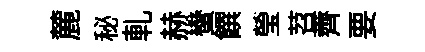
麓秘軋赫蠻饌瑩苕薺要